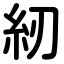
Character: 紉